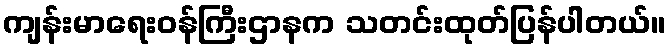
ကျန်းမာရေးဝန်ကြီးဌာနက သတင်းထုတ်ပြန်ပါတယ်။